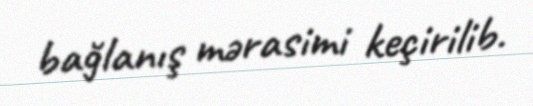
bağlanış mərasimi keçirilib.